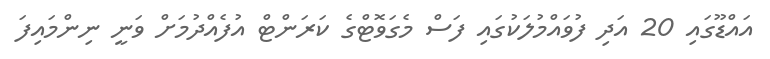
އައްޑޫގައި 20 އަދި ފުވައްމުލަކުގައި ފަސް މެގަވޮޓްގެ ކަރަންޓް އުފެއްދުމަށް ވަނީ ނިންމައިފަ